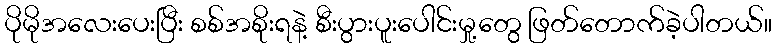
ပိုမိုအလေးပေးပြီး စစ်အစိုးရနဲ့ စီးပွားပူးပေါင်းမှု့တွေ ဖြတ်တောက်ခဲ့ပါတယ်။